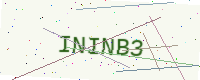
Text: ININB3